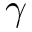
\gamma